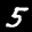
Label: 5